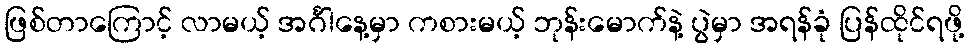
ဖြစ်တာကြောင့် လာမယ့် အင်္ဂါနေ့မှာ ကစားမယ့် ဘုန်းမောက်နဲ့ ပွဲမှာ အရန်ခုံ ပြန်ထိုင်ရဖို့